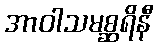
အာဝါသမစ္ဆရိနီ